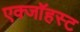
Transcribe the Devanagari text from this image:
एक्जाॅहस्ट